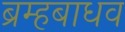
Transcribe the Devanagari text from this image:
ब्रम्हबाधव